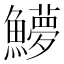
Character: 𬵳